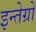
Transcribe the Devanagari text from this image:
इन्तेग्रों